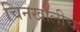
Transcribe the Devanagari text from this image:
चिनखालीच